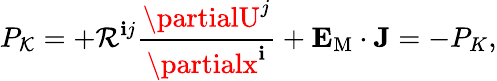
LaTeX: P_{\cal{K}}=+{\cal{R}}^{\mathbf{i}j}\frac{{\partialU^{j}}}{{\partialx^{\mathbf{i}}}}+{\mathbf{{E}}}_{\mathrm{{{M}}}}\cdot{\mathbf{{J}}}=-P_{K},